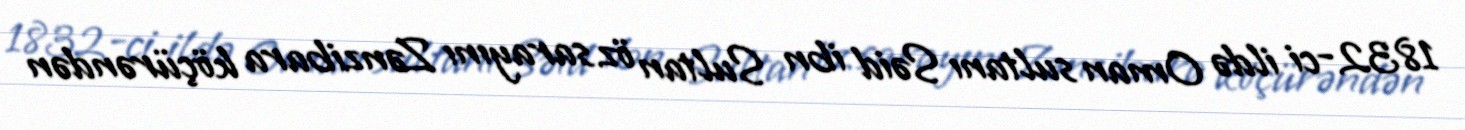
1832-ci ildə Oman sultanı Səid ibn Sultan öz sarayını Zənzibara köçürəndən